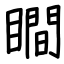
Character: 瞷